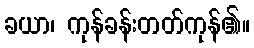
ခယာ၊ ကုန်ခန်းတတ်ကုန်၏။